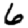
Digit: 6